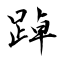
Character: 踔